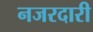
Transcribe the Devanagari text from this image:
नजरदारी